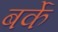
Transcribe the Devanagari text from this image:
बर्के